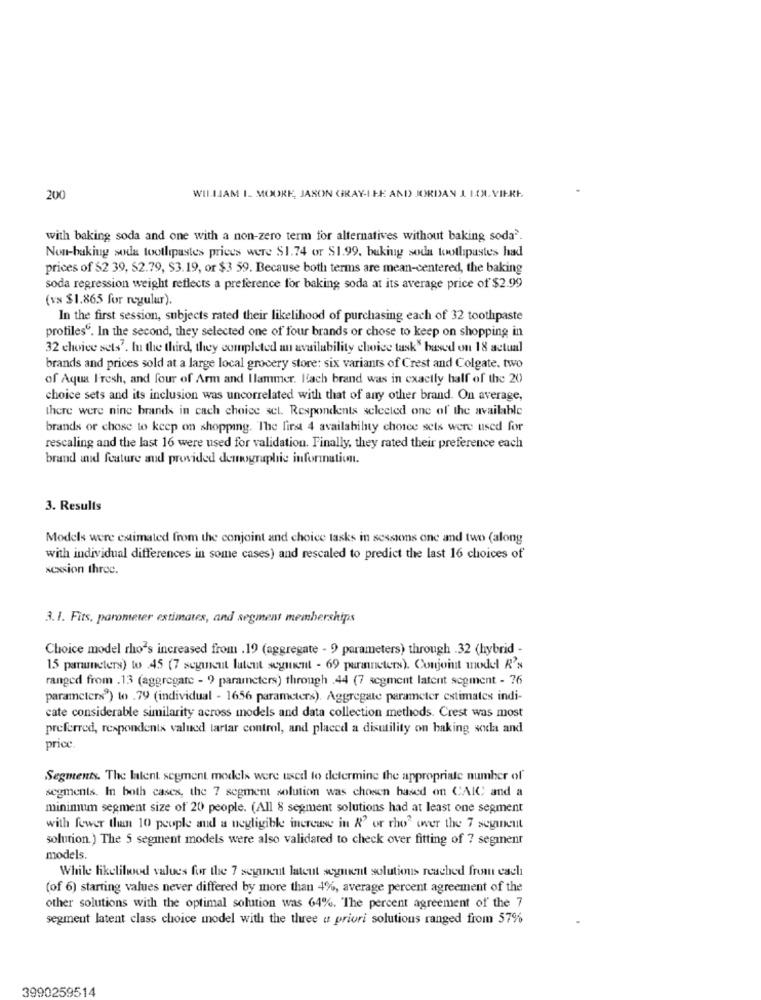
200
WILLIAM I. MOORE, JASON GRAY-I.LE AND JORDAN I LOL. VIERI.
with baking soda and one with a non-zero term for alternatives without baking soda2.
Non-baking soda toothpastes prices were $1.74 or $1.99, baking soda toothpastes had
prices of $2 39, 62.79, $3.19, or $3 59. Because both terms are mean-centered, the baking
soda regression weight reflects a preference for baking soda at its average price of $2.99
(vx $1.865 for regular).
In the first session, subjects rated their likelihood of purchasing each of 32 toothpaste
profiles". In the second, they selected one of four brands or chose to keep on shopping in
32 choice sets'. In the third, they completed an availability choice task" based on 18 actual
brands and prices sold at a large local grocery store: six variants of Crest and Colgate. two
of Aqua Fresh, and four of Arm and Ilammer. Hach brand was in exactly half of the 20
choice sets and its inclusion was uncorrelated with that of any other brand. On average,
there were nine brands in cach choice set. Respondents selected one of the available
brands or chose to keep on shopping. The first 4 availability choice sets were used for
rescaling and the last 16 were used for validation. Finally, they rated their preference each
brand and feature and provided demographic information.
3. Results
Models were estimated from the conjoint and choice tasks in sessions one and two (along
with individual differences in some cases) and rescaled to predict the last 16 choices of
xcxsion three.
3.1. Fits, parometer estimates, and segment memberships
Choice model rho's increased from .19 (aggregate - 9 parameters) through .32 (hybrid -
15 parunsters) to 45 (7 segueut latent segment - 69 puraineters). Conjoint model R's
ranged from .13 (aggregate - 9) parameters) through .44 (7 segment latent segment - 76
parameters9) to .79 (individual - 1656 parameters). Aggregate parameter estimates indi-
cate considerable similarity across models and data collection methods. Crest was most
preferred, respondents valued tartar control, and placed a disutility on baking soda and
price.
Segments. The latent segment models were used to determine the appropriate number of
segments. In both cases, the 7 segment solution was chosen based on CAIC and a
minimum segment size of 20 people. (All 8 segment solutions had at least one segment
with fewer than 10 people and a negligible increase in A' or rho over the 7 seyineut
solution. ) The 5 segment models were also validated to check over fitting of ? segment
models.
While likelihood values for the 7 seyineut lateut segment solutions reached from each
(of 6) starting values never differed by more than 4%, average percent agreement of the
other solutions with the optimal solution was 64%. The percent agreement of the 7
segment latent class choice model with the three a priori solutions ranged from 57%
3990259514